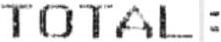
TOTAL :